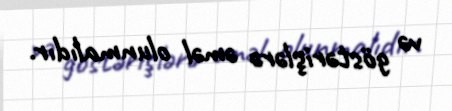
və göstərişlərə əməl olunmalıdır.